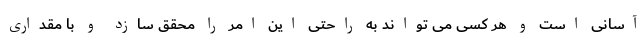
آسانی است و هر کسی می تواند به راحتی این امر را محقق سازد و با مقداری